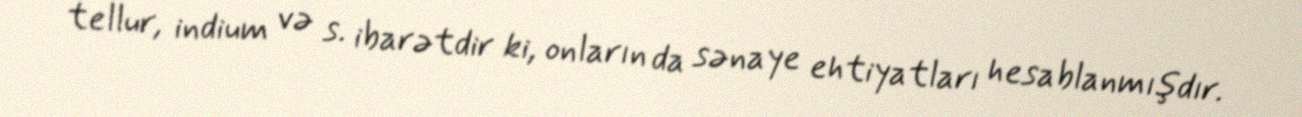
tellur, indium və s. ibarətdir ki, onların da sənaye ehtiyatları hesablanmışdır.